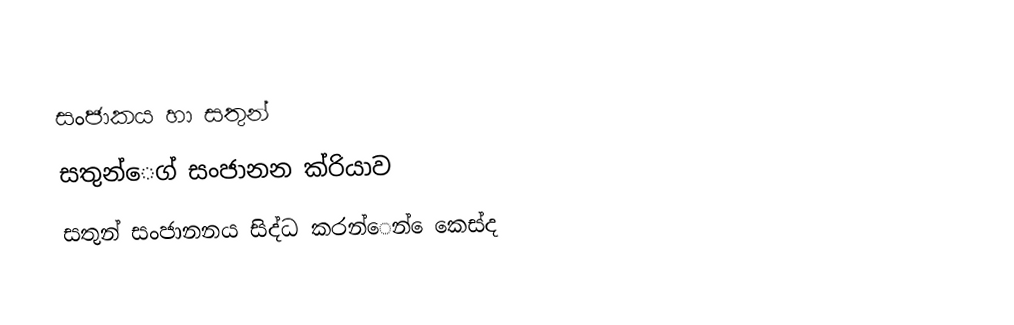
සංජාකය හා සතුන්
සතුන්ෙග් සංජානන ක්රියාව
සතුන් සංජානනය සිද්ධ කරන්ෙන් ෙකෙස්ද